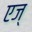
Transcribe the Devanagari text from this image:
एज्